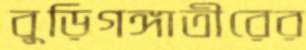
বুড়িগঙ্গাতীরের